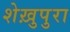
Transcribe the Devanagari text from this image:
शेख़ुपुरा